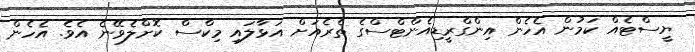
ޔީސްޓެއް ކަމުން އެހެން އިންގްރީޑިއެންޓްސްގެ ތެރެއަށް އަޅާލައި މިކްސް ކޮށްލެވޭނެ އެވެ. އެހެން